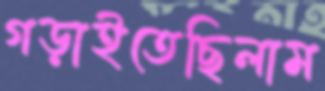
গড়াইতেছিলাম